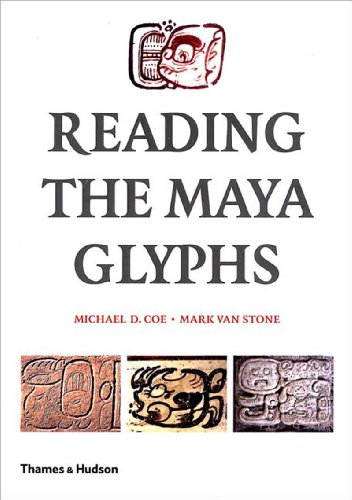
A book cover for Reading the Maya Glyphs; Michael D. Coe; History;